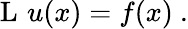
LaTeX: \operatorname{L}\, u(x)=f(x)~.